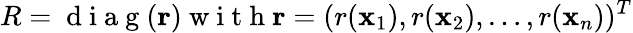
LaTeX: R=\mathrm{~d~i~a~g~}(\mathbf{r})\mathrm{~w~i~t~h~}\mathbf{r}=(r(\mathbf{x}_{1}),r(\mathbf{x}_{2}),\ldots,r(\mathbf{x}_{n}))^{T}